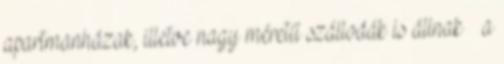
apartmanházak, illetve nagy méretű szállodák is állnak – a